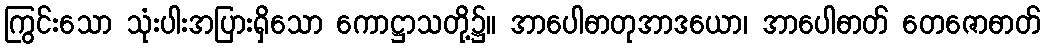
ကြွင်းသော သုံးပါးအပြားရှိသော ကောဋ္ဌာသတို့၌။ အာပေါဓာတုအာဒယော၊ အာပေါဓာတ် တေဇောဓာတ်